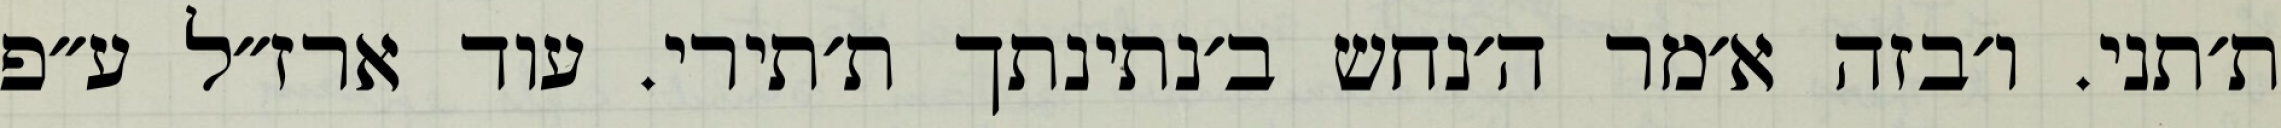
ת׳תני. ו׳בזה א׳מר ה׳נחש ב׳נתינתך ת׳תירי. עוד ארז״ל ע״פ